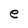
Character: e